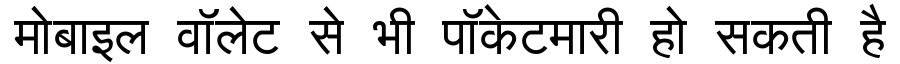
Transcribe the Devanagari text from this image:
मोबाइल वॉलेट से भी पॉकेटमारी हो सकती है